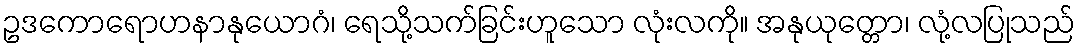
ဥဒကောရောဟနာနုယောဂံ၊ ရေသို့သက်ခြင်းဟူသော လုံးလကို။ အနုယုတ္တော၊ လုံ့လပြုသည်